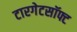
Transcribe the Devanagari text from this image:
टारगेटसॉफ्ट